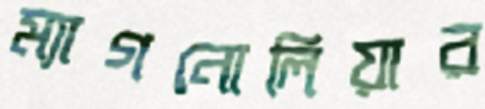
ম্যাগনোলিয়ার